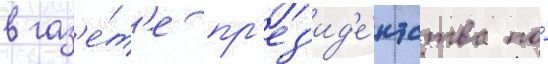
в газ'е́т'е пр'ез'ид'е́нтства по́